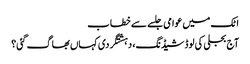
اٹک میں عوامی جلسے سے خطاب
آج بجلی کی لوڈشیڈنگ، دہشتگردی کہاں بھاگ گئی؟